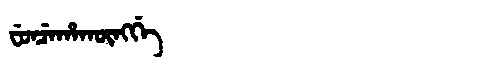
Manchu: ᠸᡠᠨᠴᡝᡥᠠᡴᡡᠩᡤᡝ
Romanization: FUNCEHAKŪNGGE